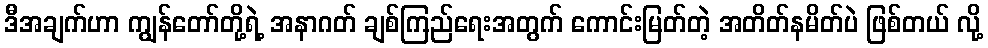
ဒီအချက်ဟာ ကျွန်တော်တို့ရဲ့ အနာဂတ် ချစ်ကြည်ရေးအတွက် ကောင်းမြတ်တဲ့ အတိတ်နမိတ်ပဲ ဖြစ်တယ် လို့